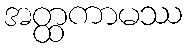
အတ္ထကာမဿ